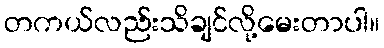
တကယ်လည်းသိချင်လို့မေးတာပါ။